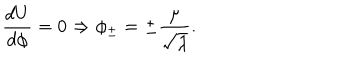
\frac { d U } { d \phi } = 0 \Rightarrow \phi _ { \pm } = \pm \frac { \mu } { \sqrt { \lambda } } .